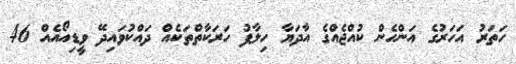
ހަތަރު އަހަރުގެ އަންހެން ކުއްޖެއްގެ އާދަޔާ ހިލާފު ހަރަކާތްތަކެއް ދައްކުވައިދޭ ވީޑިއޯއެއް 46